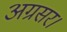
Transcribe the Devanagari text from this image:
अग्रसर।